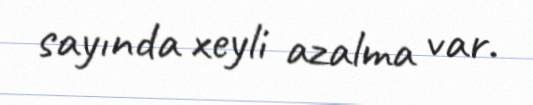
sayında xeyli azalma var.